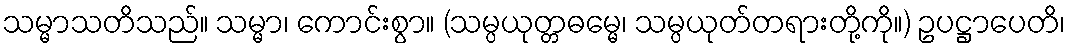
သမ္မာသတိသည်။ သမ္မာ၊ ကောင်းစွာ။ (သမ္ပယုတ္တဓမ္မေ၊ သမ္ပယုတ်တရားတို့ကို။) ဥပဋ္ဌာပေတိ၊